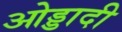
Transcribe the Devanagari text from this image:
ओड्डादी